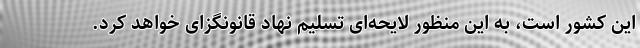
این کشور است، به این منظور لایحه‌ای تسلیم نهاد قانونگزای خواهد کرد.